Trukikaitis_Postimees, lk 61
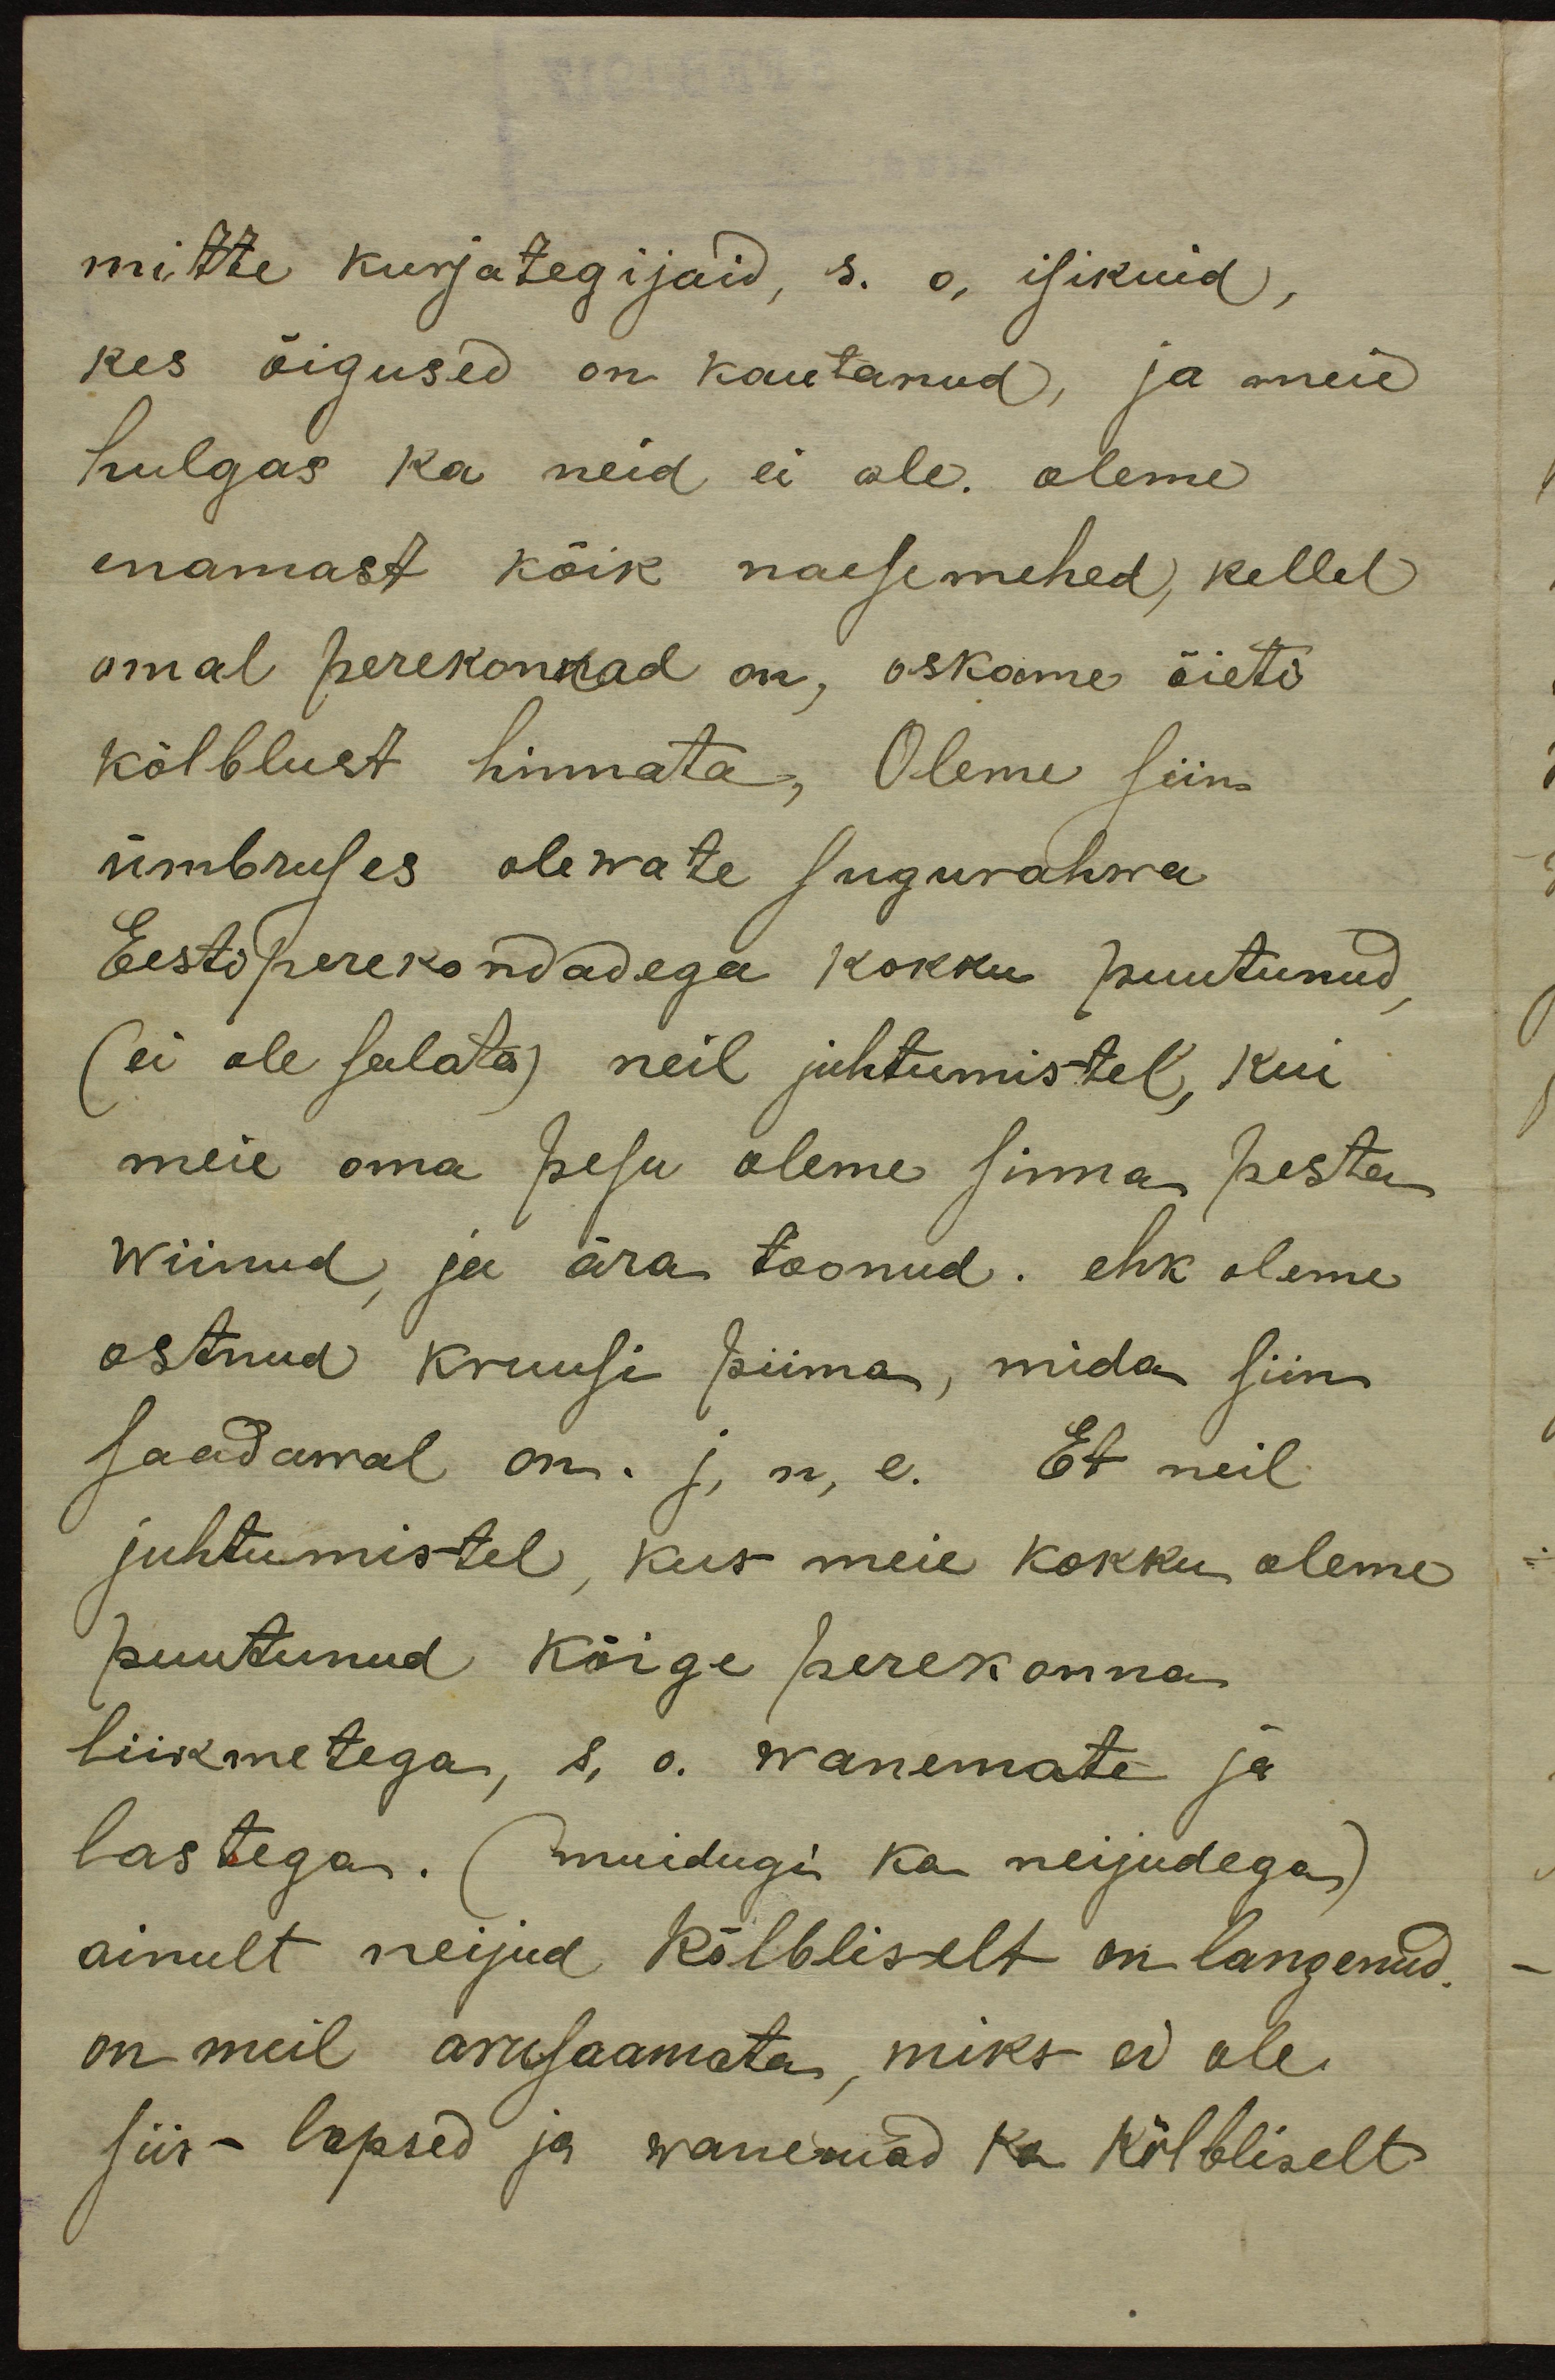
mitte kurjategijaid, s. o, isikuid,
kes õigused on kautanud, ja meie
hulgas ka neid ei ole. oleme
enamast kõik naisemehed, kellel
omal perekonnad on, oskame õieti
kõlblust hinnat., Oleme siin
ümbruses olewate sugurahwa
Eesti perekondadega kokku puutunud
(ei ole salata) neil juhtumistel, kui
meie oma pesu oleme sinna pesta
wiinud ja ära toonud. ehk oleme
ostnud kruusi piima, mida siin
saadawal on. j,n,e. Et neil
juhtumistel, kus meie kokku oleme
puutunud kõige perekonna
Liikmetega, s, o. wanemate ja
lastega. (muidugi ka neijudega)
ainult neijud kõlbliselt on langenud
on meil arusaamata, miks ei ole
siis-lapsed ja wanemad ka kõlbliselt